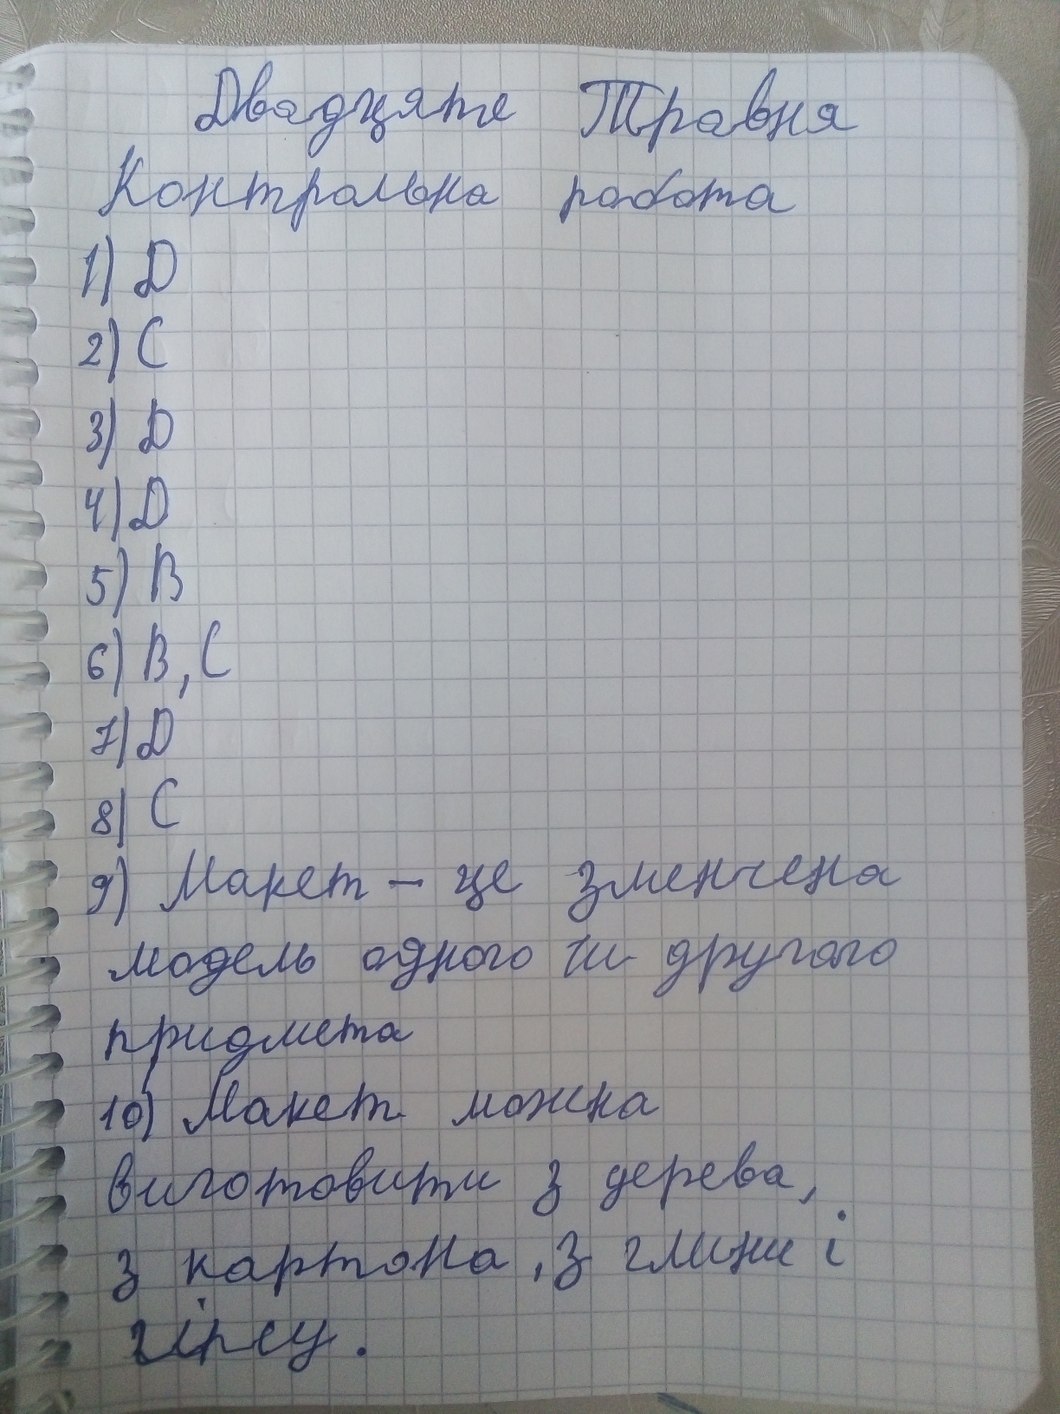
Двадцяте Травня
Контрольна робота
1) Д
2) C
3) Д
4) Д
5) В
6) B, C
7) Д
8) C
9) Макет - це зменчена
модель одного чи другого
придмета
10) Макет можна
виготовити з дерева,
з картона, з глини і
гіпсу.